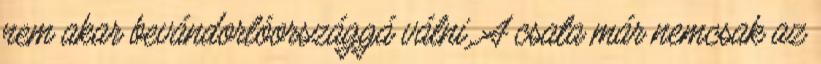
nem akar bevándorlóországgá válni. A csata már nemcsak az